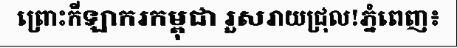
ព្រោះកីឡាករកម្ពុជា រួសរាយជ្រុល!ភ្នំពេញ៖